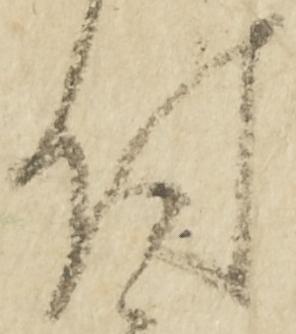
付